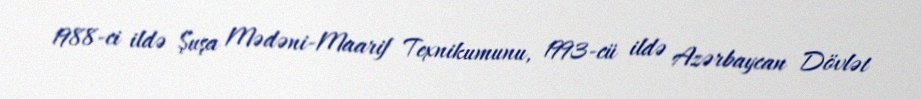
1988-ci ildə Şuşa Mədəni-Maarif Texnikumunu, 1993-cü ildə Azərbaycan Dövlət